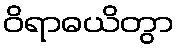
ဝိရာဓယိတွာ